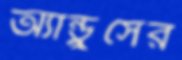
অ্যান্ড্রুসের